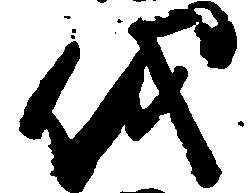
儀